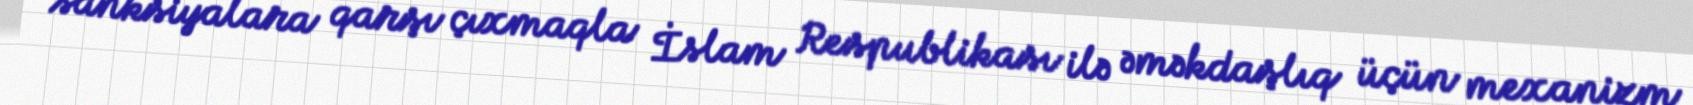
sanksiyalara qarşı çıxmaqla İslam Respublikası ilə əməkdaşlıq üçün mexanizm